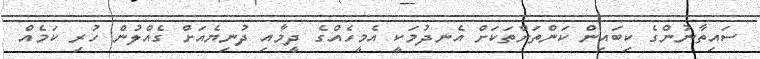
ސައިތާނުންގެ ކިބައިން ކަންތަށްތަކަށް އެނދުމަކީ އެމީހެއްގެ ދީމާއި ދުނިޔެއަށް ގެއްލުން ހުރި ކަމެއް